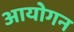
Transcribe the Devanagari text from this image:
आयोगन